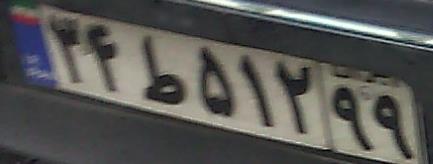
۳۴ط۵۱۲۹۹